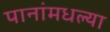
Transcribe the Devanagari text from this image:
पानांमधल्या